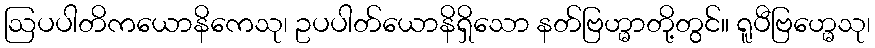
ဩပပါတိကယောနိကေသု၊ ဥပပါတ်ယောနိရှိသော နတ်ဗြဟ္မာတို့တွင်။ ရူပီဗြဟ္မေသု၊